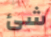
شئ